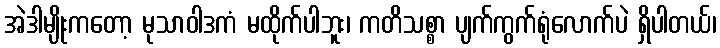
အဲဒါမျိုးကတော့ မုသာဝါဒကံ မထိုက်ပါဘူး၊ ကတိသစ္စာ ပျက်ကွက်ရုံလောက်ပဲ ရှိပါတယ်၊